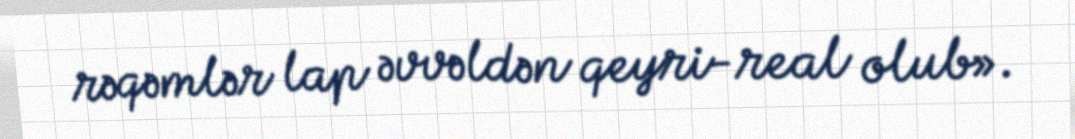
rəqəmlər lap əvvəldən qeyri-real olub».